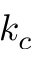
k _ { c }